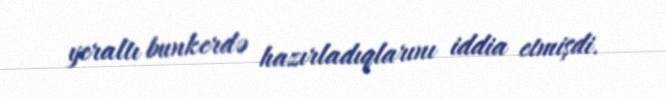
yeraltı bunkerdə hazırladıqlarını iddia etmişdi.